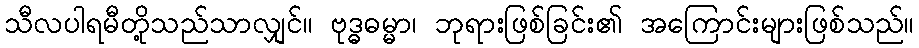
သီလပါရမီတို့သည်သာလျှင်။ ဗုဒ္ဓဓမ္မာ၊ ဘုရားဖြစ်ခြင်း၏ အကြောင်းများဖြစ်သည်။